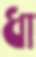
ধা